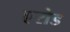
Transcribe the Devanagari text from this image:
एरोड